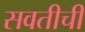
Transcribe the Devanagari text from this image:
सवतीची